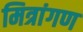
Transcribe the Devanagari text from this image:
मित्रांगण